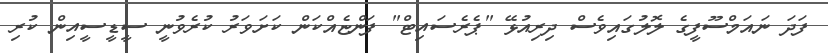
ފަދަ ނައަމްސޫފީގެ ލޮލުގައިވެސް ދިރިއުޅޭ "ޕެރެސައިޓް" ފަންޏެއްކަން ކަށަވަރު ކުރެވުނީ ސީޑީސީއިން ކުރި